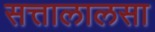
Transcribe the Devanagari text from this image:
सत्तालालसा